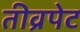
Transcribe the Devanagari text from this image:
तीव्रपेट